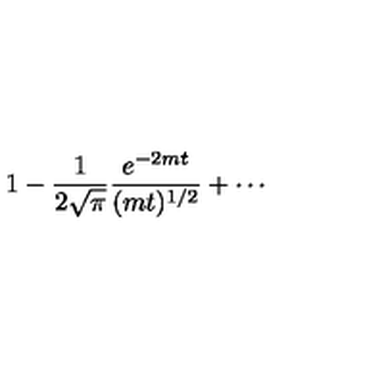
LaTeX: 1 - \frac { 1 } { 2 \sqrt { \pi } } \frac { e ^ { - 2 m t } } { ( m t ) ^ { 1 / 2 } } + \cdots